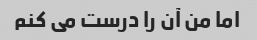
اما من آن را درست می کنم